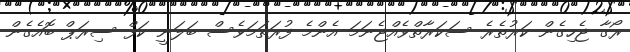
ރޯގާ ޖެހިގެން ކަރުތެރެ ސަކަރާތްވެއްޖެނަމަ އެންމެ ފުރަތަމަވެސް ބަލަނީ ކަފް ސިރަޕް ބޮއެގެން